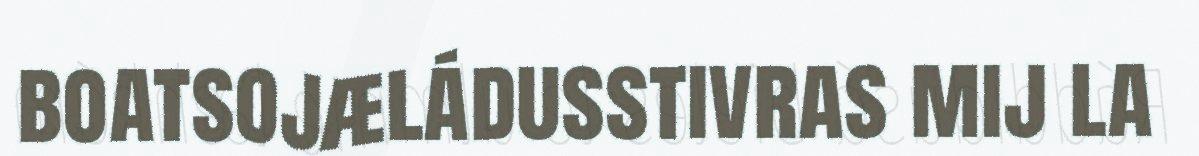
boatsojæládusstivras mij la